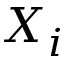
X _ { i }